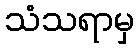
သံသရာမှ